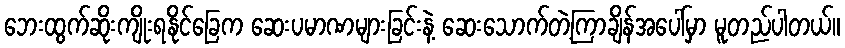
ဘေးထွက်ဆိုးကျိုးရနိုင်ခြေက ဆေးပမာဏများခြင်းနဲ့ ဆေးသောက်တဲ့ကြာချိန်အပေါ်မှာ မူတည်ပါတယ်။